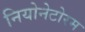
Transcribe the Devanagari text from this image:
नियोनेटोरम